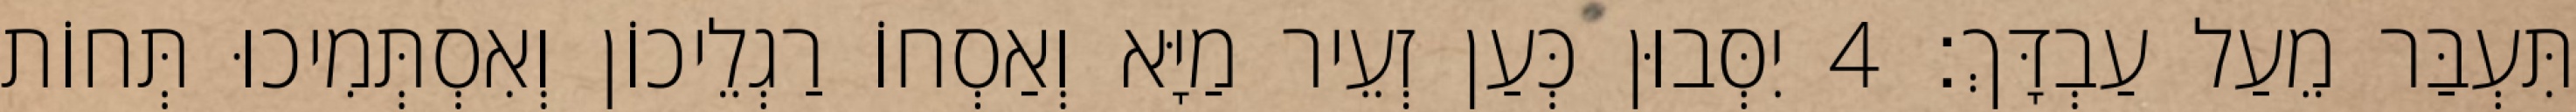
תִּעְבַּר מֵעַל עַבְדָּךְ׃ 4 יִסְּבוּן כְּעַן זְעֵיר מַיָּא וְאַסְחוֹ רַגְלֵיכוֹן וְאִסְתְּמִיכוּ תְּחוֹת